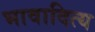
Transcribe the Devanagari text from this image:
भावादित्य